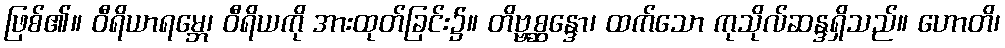
ဖြစ်၏။ ဝီရိယာရမ္ဘေ၊ ဝီရိယကို အားထုတ်ခြင်း၌။ တိဗ္ဗစ္ဆန္ဒော၊ ထက်သော ကုသိုလ်ဆန္ဒရှိသည်။ ဟောတိ၊